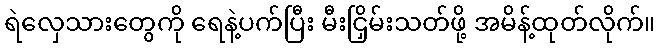
ရဲလှေသားတွေကို ရေနဲ့ပက်ပြီး မီးငြှိမ်းသတ်ဖို့ အမိန့်ထုတ်လိုက်။